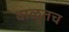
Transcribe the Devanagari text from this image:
वाळूतच